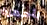
بأجهزة